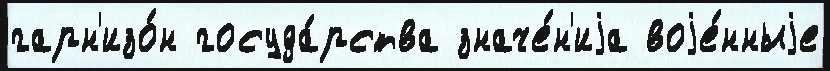
гарн'изо́н госуда́рства значе́н'иjа воjе́нныjе